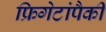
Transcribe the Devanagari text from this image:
फ्रिगेटांपैकी